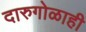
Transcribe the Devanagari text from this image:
दारुगोळाही